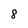
Character: 8